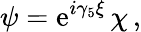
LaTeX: \psi=\mathrm{e}^{i\gamma_{5}\xi}\, \chi\, ,